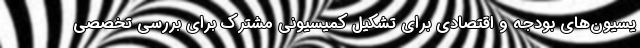
یسیون‌های بودجه و اقتصادی برای تشکیل کمیسیونی مشترک برای بررسی تخصصی